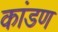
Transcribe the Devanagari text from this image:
कांडण